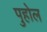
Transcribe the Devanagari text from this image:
पुहोल